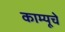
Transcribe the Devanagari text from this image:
काम्यूचे